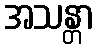
အသန္တာ